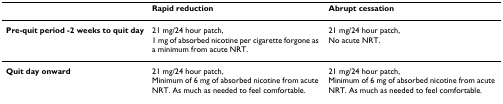
<table><thead><tr><td></td><td><b>Rapid reduction</b></td><td><b>Abrupt cessation</b></td></tr></thead><tbody><tr><td><b>Pre-quit period -2 weeks to quit day</b></td><td>21 mg/24 hour patch,1 mg of absorbed nicotine per cigarette forgone as a minimum from acute NRT.</td><td>21 mg/24 hour patch,No acute NRT.</td></tr><tr><td><b>Quit day onward</b></td><td>21 mg/24 hour patch,Minimum of 6 mg of absorbed nicotine from acute NRT. As much as needed to feel comfortable.</td><td>21 mg/24 hour patch,Minimum of 6 mg of absorbed nicotine from acute NRT. As much as needed to feel comfortable.</td></tr></tbody></table>